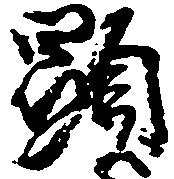
顕